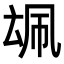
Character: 𪠜